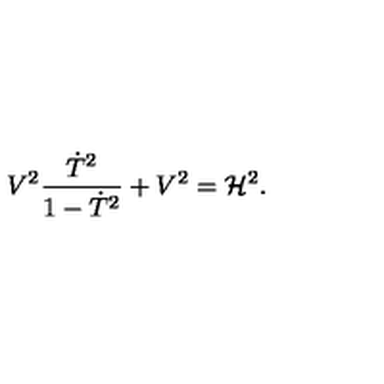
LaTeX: V ^ { 2 } { \frac { \dot { T } ^ { 2 } } { 1 - \dot { T } ^ { 2 } } } + V ^ { 2 } = { \cal H } ^ { 2 } .